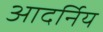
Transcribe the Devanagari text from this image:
आदर्निय